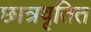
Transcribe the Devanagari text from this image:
छात्रवृतित